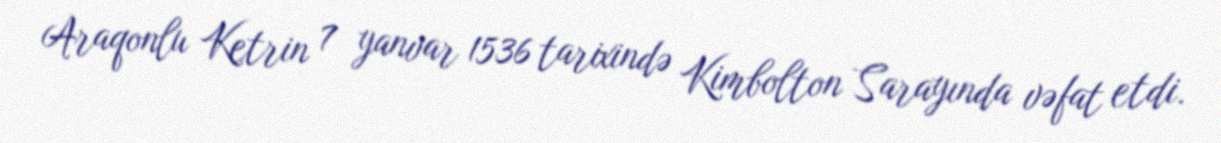
Araqonlu Ketrin 7 yanvar 1536 tarixində Kimbolton Sarayında vəfat etdi.